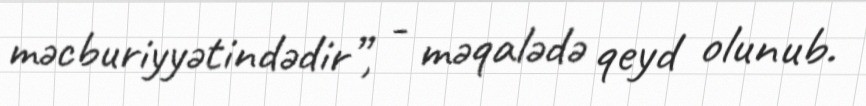
məcburiyyətindədir”, - məqalədə qeyd olunub.